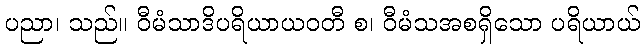
ပညာ၊ သည်။ ဝီမံသာဒိပရိယာယဝတီ စ၊ ဝီမံသအစရှိသော ပရိယာယ်